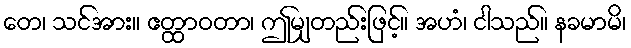
တေ၊ သင်အား။ ဧတ္ထာဝတာ၊ ဤမျှတည်းဖြင့်။ အဟံ၊ ငါသည်။ နခမာမိ၊